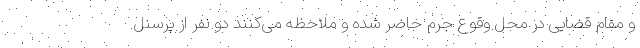
و مقام قضایی در محل وقوع جرم حاضر شده و ملاحظه می‌کنند دو نفر از پرسنل